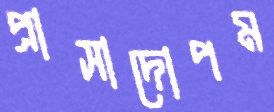
প্রাসাদোপম